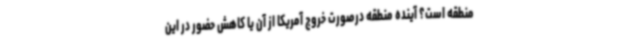
منطقه است؟ آینده منطقه درصورت خروج آمریکا از آن یا کاهش حضور در این